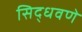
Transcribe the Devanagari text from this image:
सिद्धवणे